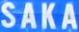
SAKA